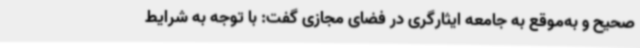
صحیح و به‌موقع به جامعه ایثارگری در فضای مجازی گفت: با توجه به شرایط